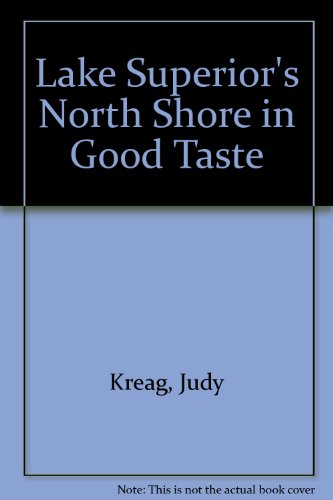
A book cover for Lake Superior's North Shore in Good Taste; Judy Kreag; Travel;